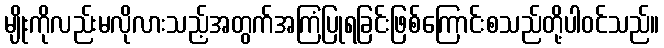
မျိုးကိုလည်းမလိုလားသည့်အတွက်အကြံပြုရခြင်းဖြစ်ကြောင်းစသည်တို့ပါဝင်သည်။